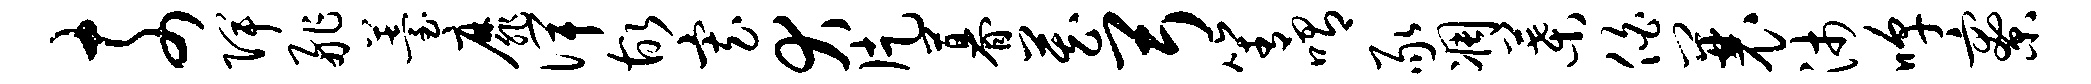
奈陴舴薹靡俾故寡犬片暮藏弓箐喟豕凋叶伯曩沛嗥寮